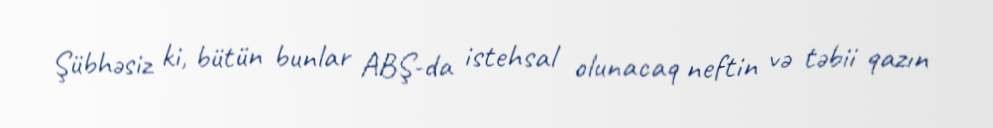
Şübhəsiz ki, bütün bunlar ABŞ-da istehsal olunacaq neftin və təbii qazın